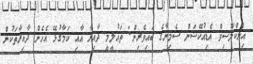
އިންކްލޫސިވް އެޑިއުކޭޝަން ސެމިނާގެ ބައިވެރިން: ތައުލީމީ ދާއިރާ އާއި ކަމާގުޅޭ އެހެން ދާއިރާތަކުން